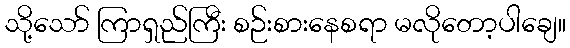
သို့သော် ကြာရှည်ကြီး စဉ်းစားနေစရာ မလိုတော့ပါချေ။